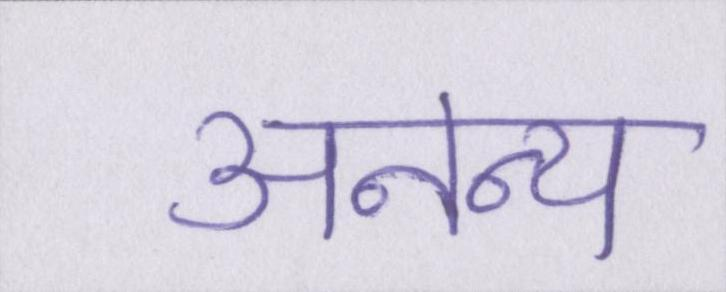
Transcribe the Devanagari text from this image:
अनन्य